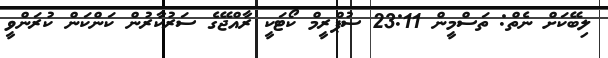
ލިބޭކަށް ނެތް: ތަސްމީން 23:11 ސުޕްރީމް ކޯޓަކީ ރާއްޖޭގެ ސަރުކާރުން ކަންކަން ކުރަންވީ